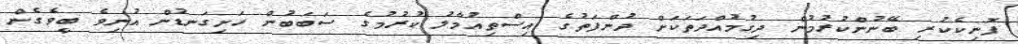
ފޮނިކެކުރި ބޭނުންކުރުމުން ދިގުމުއްދަތަކަށް ދުންފަތުގެ އިސްތިއުމާލު ކުރުމުގެ ސަބަބުން ހަށިގަނޑުން އުނިވެ ބީވެގެން